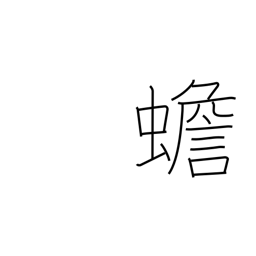
Meaning: toad